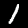
Digit: 1